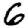
Digit: 6